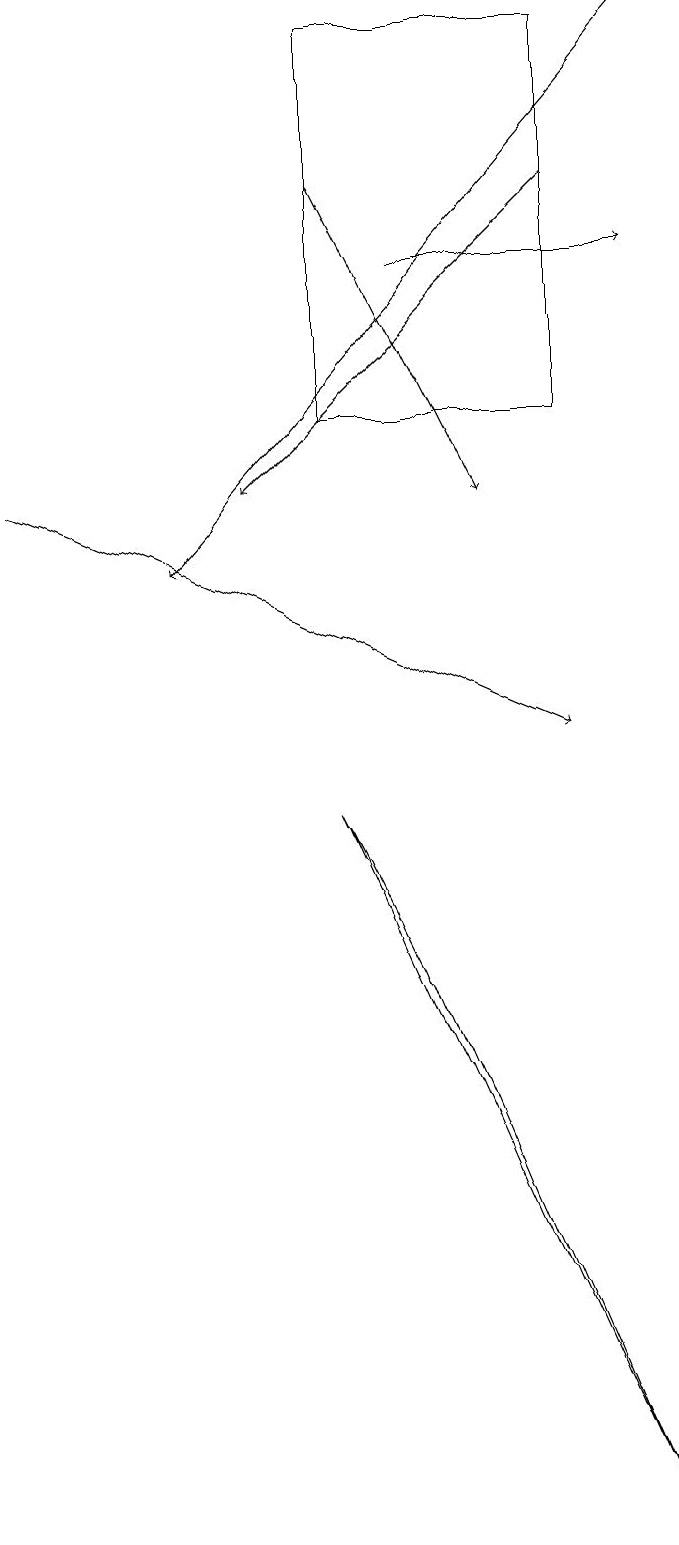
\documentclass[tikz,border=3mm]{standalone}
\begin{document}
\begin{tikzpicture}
\draw[->] (5,17) -- (7,13);
\draw[->] (9,19) -- (3,12);
\draw[->] (1,13) -- (8,10);
\draw[->] (8,17) -- (4,13);
\draw (8,14) rectangle (5,19);
\draw[->] (6,16) -- (9,16);
\draw (5,9) -- (6,7) -- (9,0) -- cycle;
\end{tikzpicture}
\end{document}